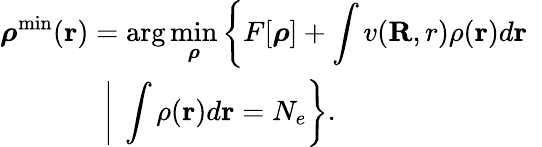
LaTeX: \begin{array}{l}{{\displaystyle{\boldsymbol\rho}^{\mathrm{min}}({\mathbf r})=\arg\operatorname*{min}_{{\boldsymbol\rho}}\left\{ F[{\boldsymbol\rho}]+\int v({\mathbf R,r})\rho({\mathbf r})d{\mathbf r}\right.}\ ~}\\ {{\displaystyle~~~~~~~~~~~~~~\left.\left\vert~\int\rho({\mathbf r})d{\mathbf r}=N_{e}\right.\right\} }.}\end{array}